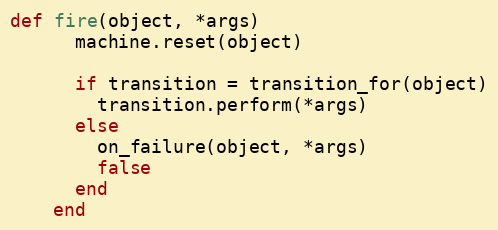
Language: Ruby
def fire(object, *args)
      machine.reset(object)

      if transition = transition_for(object)
        transition.perform(*args)
      else
        on_failure(object, *args)
        false
      end
    end